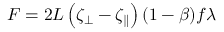
F = 2 L \left( \zeta _ { \perp } - \zeta _ { \parallel } \right) ( 1 - \beta ) f \lambda